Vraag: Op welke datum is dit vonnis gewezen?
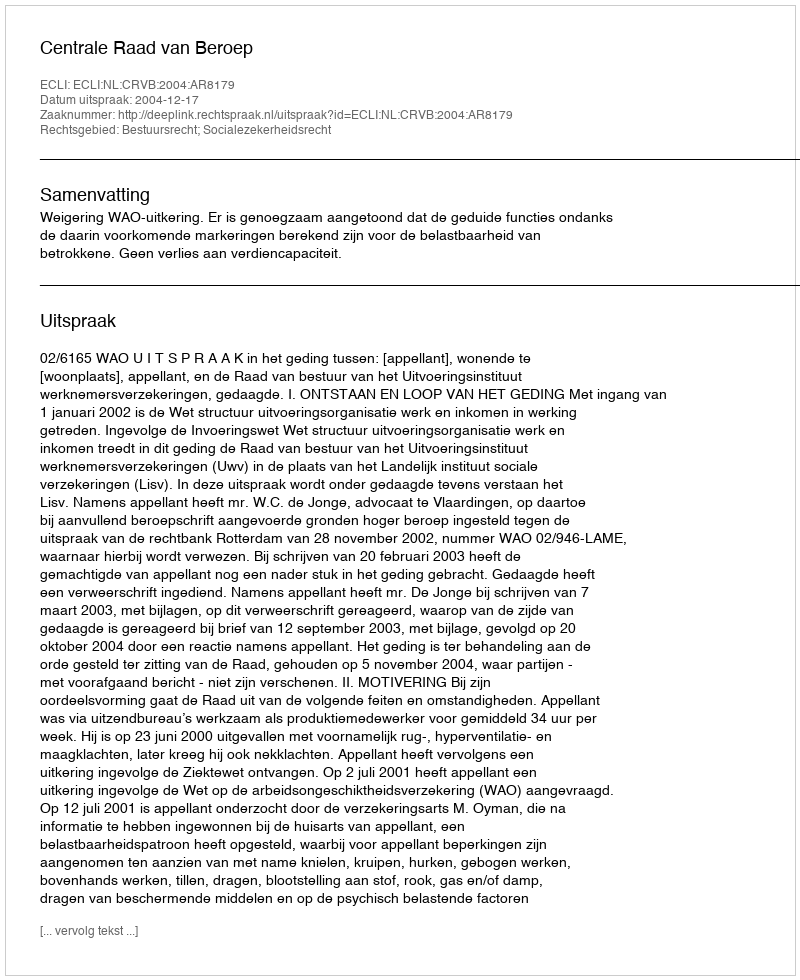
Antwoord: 2004-12-17